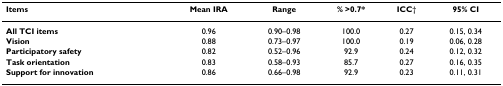
<table><thead><tr><td><b>Items</b></td><td><b>Mean IRA</b></td><td><b>Range</b></td><td><b>% &gt;0.7*</b></td><td><b>ICC†</b></td><td><b>95% CI</b></td></tr></thead><tbody><tr><td><b>All TCI items</b></td><td>0.96</td><td>0.90–0.98</td><td>100.0</td><td>0.27</td><td>0.15, 0.34</td></tr><tr><td><b>Vision</b></td><td>0.88</td><td>0.73–0.97</td><td>100.0</td><td>0.19</td><td>0.06, 0.28</td></tr><tr><td><b>Participatory safety</b></td><td>0.82</td><td>0.52–0.96</td><td>92.9</td><td>0.24</td><td>0.12, 0.32</td></tr><tr><td><b>Task orientation</b></td><td>0.83</td><td>0.58–0.93</td><td>85.7</td><td>0.27</td><td>0.16, 0.35</td></tr><tr><td><b>Support for innovation</b></td><td>0.86</td><td>0.66–0.98</td><td>92.9</td><td>0.23</td><td>0.11, 0.31</td></tr></tbody></table>